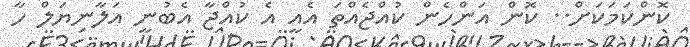
ކޮންކަމަކަށް.. ކޮން އަންހެން ކުއްޖެއްތަ އެއީ އެ ކުއްޖާ އެބުނީ އަލާނިޔަލް ހާ